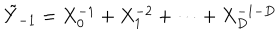
\tilde { Y } _ { - 1 } = X _ { 0 } ^ { - 1 } + X _ { 1 } ^ { - 2 } + \cdots + X _ { D } ^ { - 1 - D }